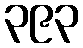
၃၉၃